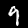
Digit: 9